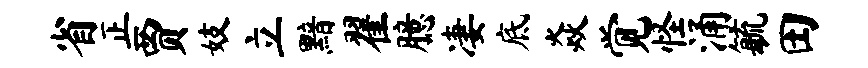
省正贾妓立黯翟臆凄底焱觉怪涌毓田